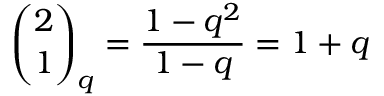
{ \binom { 2 } { 1 } } _ { q } = { \frac { 1 - q ^ { 2 } } { 1 - q } } = 1 + q